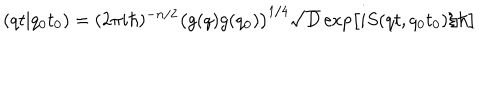
( q t \vert q _ { 0 } t _ { 0 } ) = ( 2 \pi i \hbar ) ^ { - n / 2 } \bigl ( g ( q ) g ( q _ { 0 } ) \bigr ) ^ { 1 / 4 } \sqrt { D } \exp \bigl [ i S ( q t , q _ { 0 } t _ { 0 } ) / \hbar \bigr ]